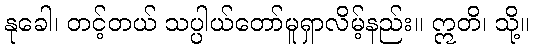
နုခေါ၊ တင့်တယ် သပ္ပါယ်တော်မူရှာလိမ့်နည်း။ ဣတိ၊ သို့။